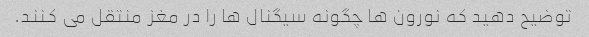
توضیح دهید که نورون ها چگونه سیگنال ها را در مغز منتقل می کنند.